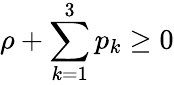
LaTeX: \rho+\sum_{k=1}^{3}p_{k}\geq 0